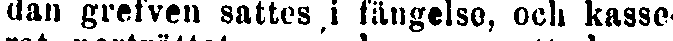
dan grefven sattes,i fängelse, och kasse-